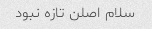
سلام اصلن تازه نبود